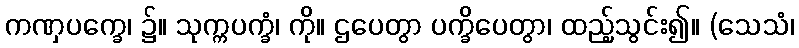
ကဏှပက္ခေ၊ ၌။ သုက္ကပက္ခံ၊ ကို။ ဌပေတွာ ပက္ခိပေတွာ၊ ထည့်သွင်း၍။ (သေသံ၊